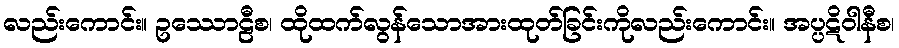
လည်းကောင်း။ ဥဿောဠီစ၊ ထိုထက်လွန်သောအားထုတ်ခြင်းကိုလည်းကောင်း။ အပ္ပဋိဝါနီစ၊